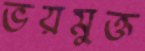
ভয়মুক্ত